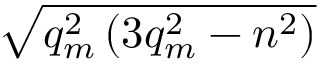
\sqrt { q _ { m } ^ { 2 } \left( 3 q _ { m } ^ { 2 } - n ^ { 2 } \right) }